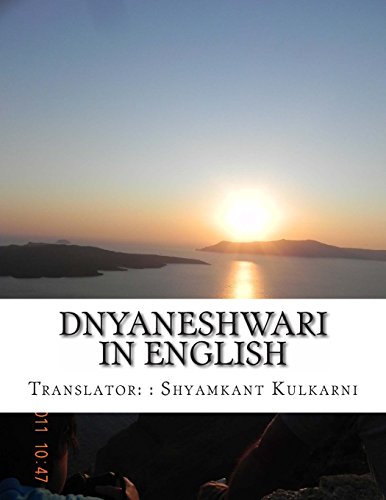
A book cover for Dnyaneshwari in English; shyamkant s. kulkarni; Religion & Spirituality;